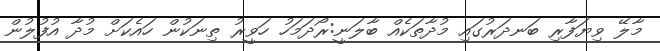
މާލޭ ވިޔަފާރި ބަނދަރުގައި މުދާތަކެއް ބާލަނީ:ރޯދަމަހު ހަވީރު ތިނަކުން ހައެކަށް މުދާ އުފުލުން